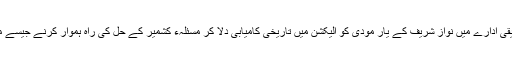
شاہ محمود قریشی کے زیر انتظام قائم کیے جانے والے تحقیقی ادارے میں نواز شریف کے یار مودی کو الیکشن میں تاریخی کامیابی دلا کر مسئلہء کشمیر کے حل کی راہ ہموار کرنے جیسے موضوع پر پی ایچ ڈی سطح کے مقالے لکھوائے جائیں گے۔